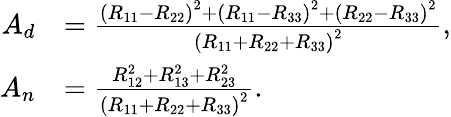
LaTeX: \begin{array}{rl}{A_{d}}&{=\frac{\left(R_{11}-R_{22}\right)^{2}+\left(R_{11}-R_{33}\right)^{2}+\left(R_{22}-R_{33}\right)^{2}}{\left(R_{11}+R_{22}+R_{33}\right)^{2}},}\\ {A_{n}}&{=\frac{R_{12}^{2}+R_{13}^{2}+R_{23}^{2}}{\left(R_{11}+R_{22}+R_{33}\right)^{2}}.}\end{array}